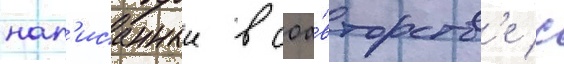
нап'исанныи в соа́вторств'е с